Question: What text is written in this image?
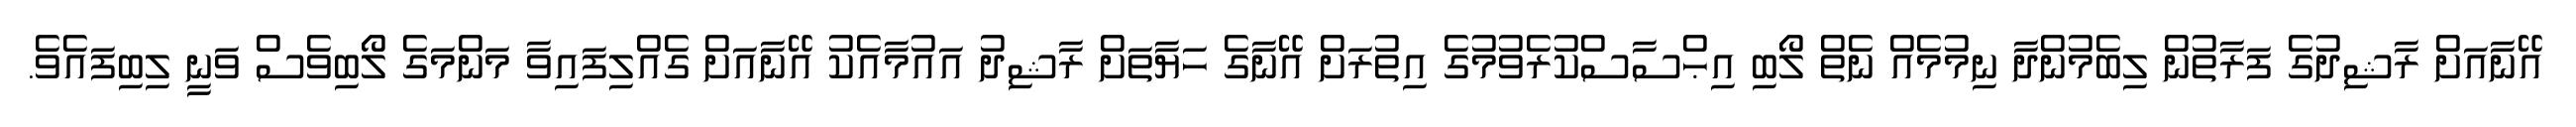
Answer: އޭނާއަށް ރާޝިދުގެ ފަރާތުން ލިބެމުންދާ ނިމުމެއް ނެތް ލޯބި އިޙްސާސްކުރެވުމުގެ އިތުރަށް އޭނާގެ ހަޔާތަށް ރާޝިދު އައުމާއެކު އޭނާއަށް ގެއްލިފައިވާ މަންމަގެ ލޯބިވެސް ވަނީ ލިބިފައެވެ.